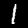
Label: 1